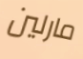
مارلين